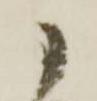
ノ